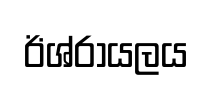
ඊශ්රායලය